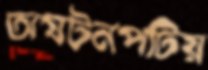
অঘটনপটিয়